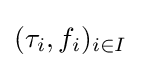
(\tau _{i},f_{i})_{i\in I}